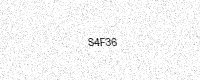
Text: S4F36